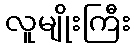
လူမျိုးကြီး